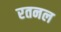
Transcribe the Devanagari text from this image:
रतनल